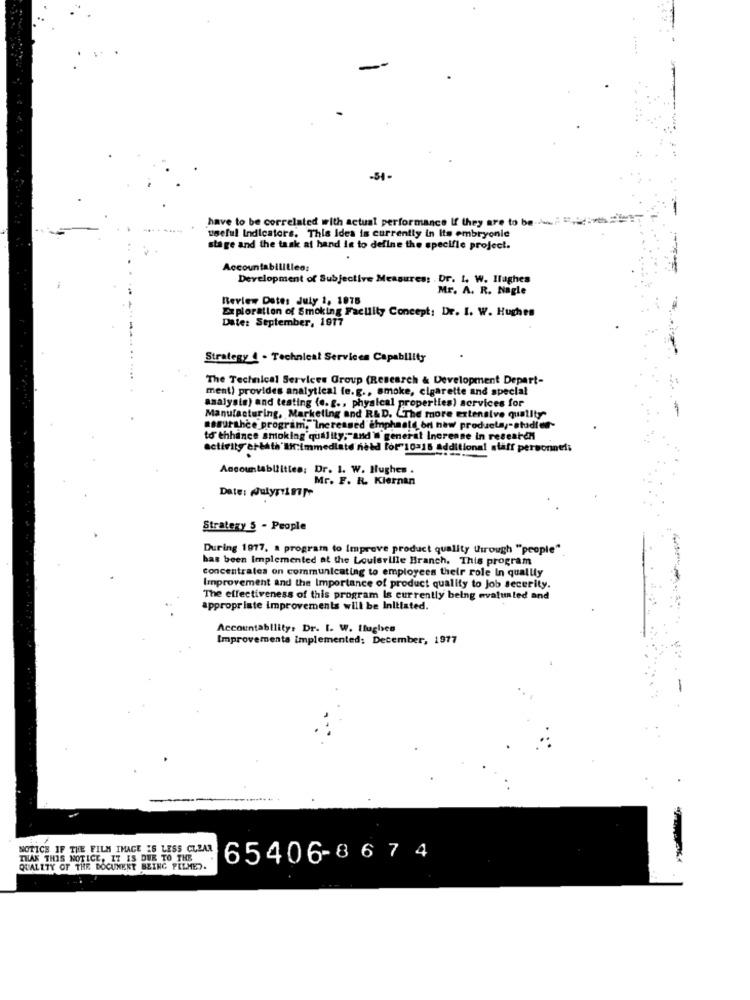
-54-
have to be correlated with actual performance If they are to be-i.
useful Indicators. This Idea is currently in Its embryonic
stage and the task at hand is to define the specifle project.
Accountabilities:
Development of Subjective Measures: . Dr. I. W. Ilaghes
Mr. A. R. Nagle
Review Dates July 1, 1975
Exploration of Smoking Facility Concept: Dr. I. W. Hughes
Date: September, 1917
Strategy 4 - Technical Services Capability
The Technical Services Group (Research & Development Depart-
ment) provides analytical fe.g ., smoke, cigarette and special
analysis) and testing (e. g ., physical properties) services for
Manufacturing, Marketing and R&D. CThe more extensive quality
surahce program, Increased emphaald br new products ,- studien-
to enhance smoking quality; and in generat Increase in reseaten
activity erbath'I:immediate need for"10-15 additional staff personnel;
Accountabilities; Dr. 1. W. Hughes .
Mr. F. R. Kiernan
Date: Julyrispe
Strategy 5 - People
During 1977, a program to Improve product quality through "people"
has been Implemented at the Louisville Branch. This program
concentrales on communicating to employees their role In quailly
Improvement and the Importance of product quality to Job security.
The effectiveness of this program Is currently being evaluated and
appropriate improvements will be Initiated.
Accountability, Dr. I. W. Itughes
Improvements implemented; December, 1977
NOTICE IF THE FILM IMAGE IS LESS CLEAR
THAK THIS NOTICE, IT IS DUE TO THE
65406-8674
QUALITY OF THE DOCUMENT BEING PELMED.